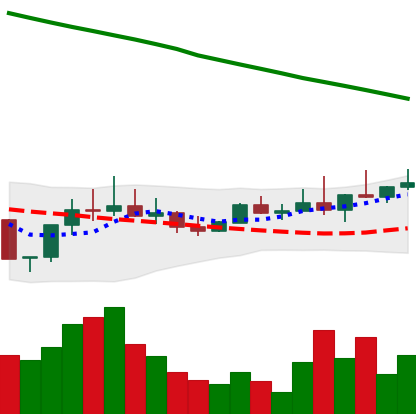
Ticker: DOGE-USD
Chart end date: 2022-08-13
Forward return: 3.074%
Label: up_3_5